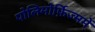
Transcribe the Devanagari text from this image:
पोलिमोर्फ़िज्ममें